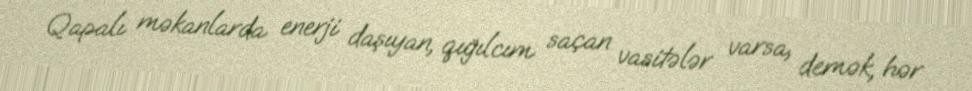
Qapalı məkanlarda enerji daşıyan, qığılcım saçan vasitələr varsa, demək, hər